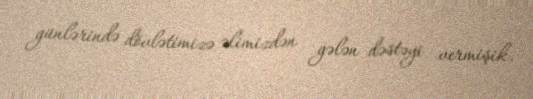
günlərində dövlətimizə əlimizdən gələn dəstəyi vermişik.